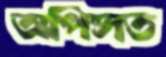
অপিসত